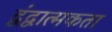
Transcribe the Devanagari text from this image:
द्वंद्वात्मकता